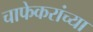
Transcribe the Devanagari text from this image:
चाफेकरांच्या